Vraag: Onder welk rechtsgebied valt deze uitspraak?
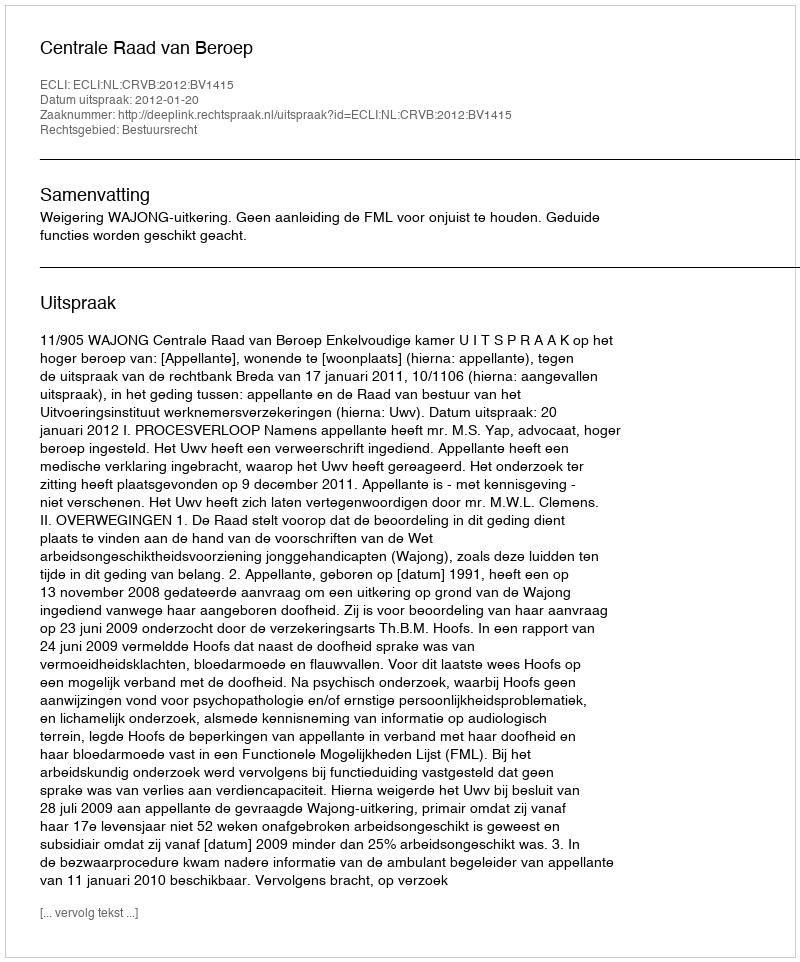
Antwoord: Bestuursrecht